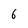
Character: 6